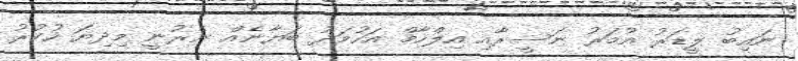
ނައިބު ލީޑަރު އުމަރު ނަސީރާއި އިލްހާމް އަހުމަދު ބަޔާނެއް ނެރުނީ މިދިޔަ ހުކުރު